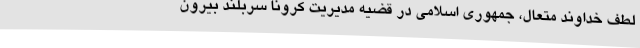
لطف خداوند متعال، جمهوری اسلامی در قضیه مدیریت کرونا سربلند بیرون